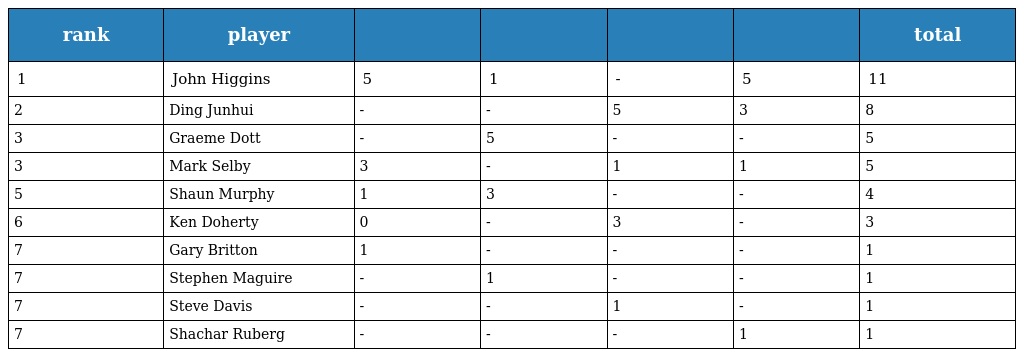
| rank | player |  |  |  |  | total |
 | --- | --- | --- | --- | --- | --- | --- |
 | 1 | John Higgins | 5 | 1 | - | 5 | 11 |
 | 2 | Ding Junhui | - | - | 5 | 3 | 8 |
 | 3 | Graeme Dott | - | 5 | - | - | 5 |
 | 3 | Mark Selby | 3 | - | 1 | 1 | 5 |
 | 5 | Shaun Murphy | 1 | 3 | - | - | 4 |
 | 6 | Ken Doherty | 0 | - | 3 | - | 3 |
 | 7 | Gary Britton | 1 | - | - | - | 1 |
 | 7 | Stephen Maguire | - | 1 | - | - | 1 |
 | 7 | Steve Davis | - | - | 1 | - | 1 |
 | 7 | Shachar Ruberg | - | - | - | 1 | 1 |